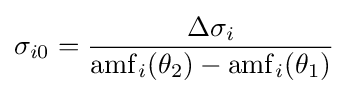
\sigma _{i0}={\frac {\Delta \sigma _{i}}{\mathrm {amf} _{i}(\theta _{2})-\mathrm {amf} _{i}(\theta _{1})}}